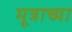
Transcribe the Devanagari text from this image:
मूत्राच्या